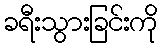
ခရီးသွားခြင်းကို